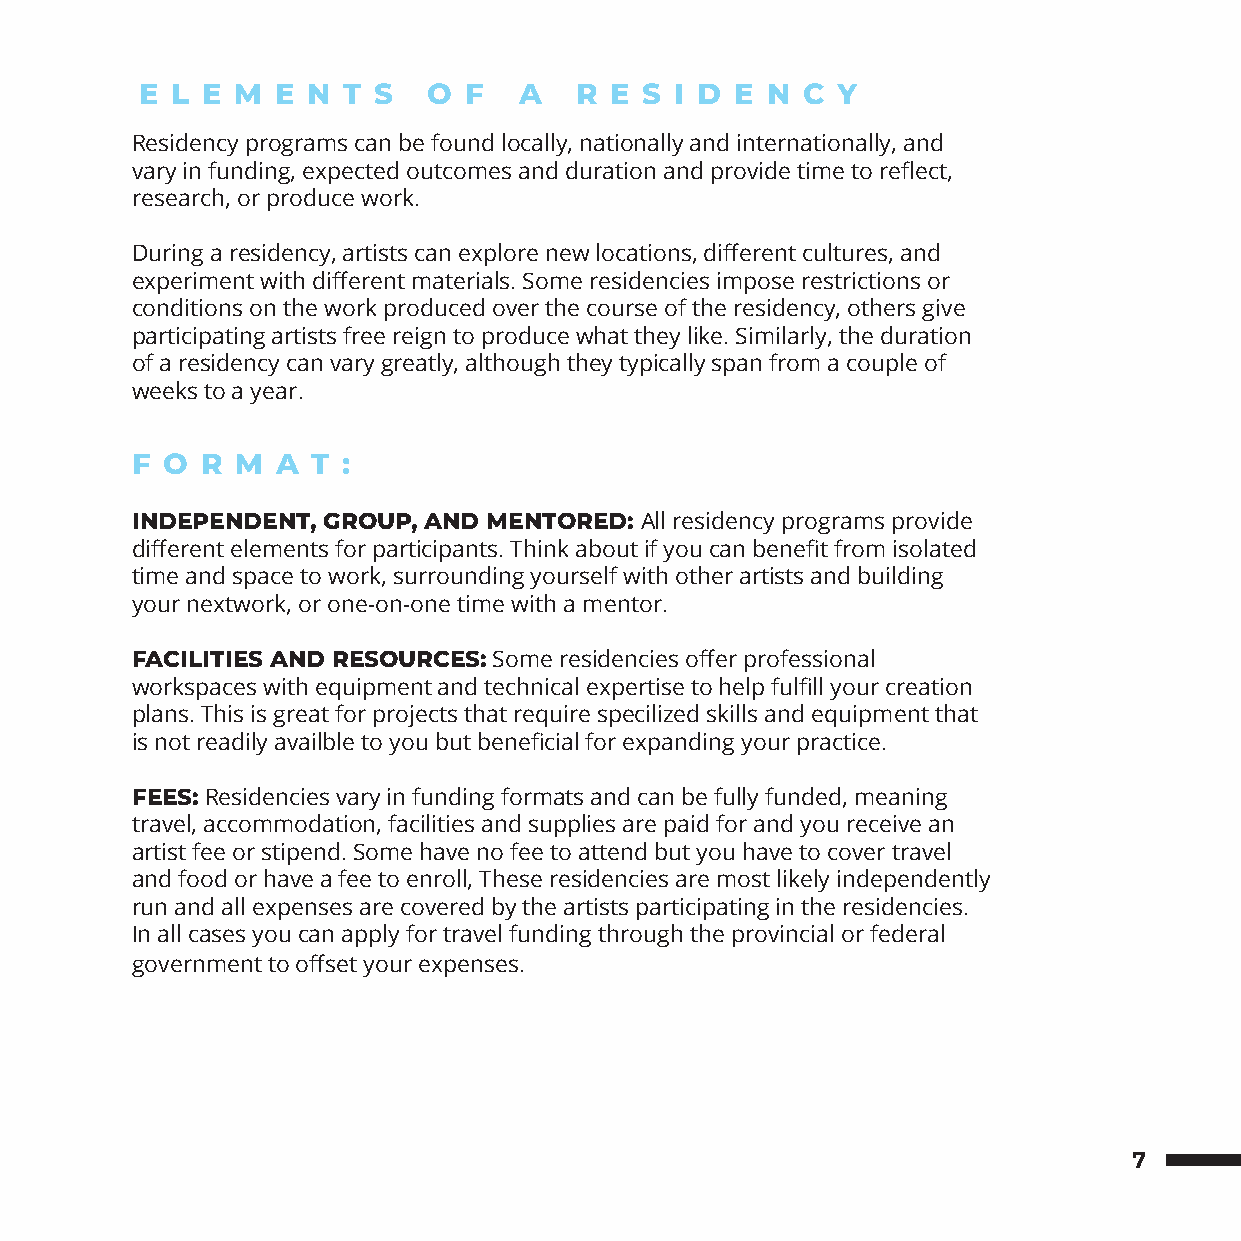
E L E  M E N  T S  O  F  A   R E  S I D E N C Y
 Residency programs can be found locally, nationally and internationally, and
 vary in funding, expected outcomes and duration and provide time to reflect,
 research, or produce work.
 During a residency, artists can explore new locations, different cultures, and
 experiment with different materials. Some residencies impose restrictions or
 conditions on the work produced over the course of the residency, others give
 participating artists free reign to produce what they like. Similarly, the duration
 of a residency can vary greatly, although they typically span from a couple of
 weeks to a year.
 F O R  M A  T :
 INDEPENDENT, GROUP, AND MENTORED: All residency programs provide
 different elements for participants. Think about if you can benefit from isolated
 time and space to work, surrounding yourself with other artists and building
 your nextwork, or one-on-one time with a mentor.
 FACILITIES AND RESOURCES: Some residencies offer professional
 workspaces with equipment and technical expertise to help fulfill your creation
 plans. This is great for projects that require specilized skills and equipment that
 is not readily availble to you but beneficial for expanding your practice.
 FEES: Residencies vary in funding formats and can be fully funded, meaning
 travel, accommodation, facilities and supplies are paid for and you receive an
 artist fee or stipend. Some have no fee to attend but you have to cover travel
 and food or have a fee to enroll, These residencies are most likely independently
 run and all expenses are covered by the artists participating in the residencies.
 In all cases you can apply for travel funding through the provincial or federal
 government to offset your expenses.
 7